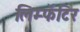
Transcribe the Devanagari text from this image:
लिम्फॅटिर